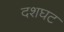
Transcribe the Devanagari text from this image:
दशघट